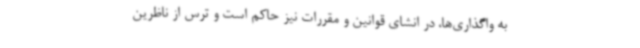
به واگذاری‌ها، در انشای قوانین و مقررات نیز حاکم است و ترس از ناظرین